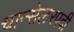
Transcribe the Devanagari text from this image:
चान्सेलरपदी